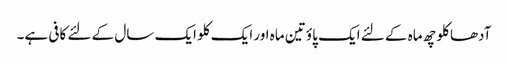
آدھا کلو چھ ماہ کے لئے ایک پاؤ تین ماہ اور ایک کلو ایک سال کے لئے کافی ہے۔